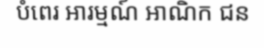
បំពេរ អារម្មណ៍ អាណិក ជន